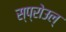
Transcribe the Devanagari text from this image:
स्प्रोउल्